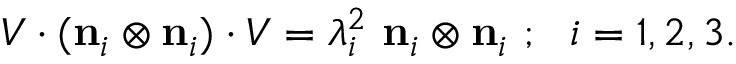
{ \boldsymbol { V } } \cdot ( \mathbf { n } _ { i } \otimes \mathbf { n } _ { i } ) \cdot { \boldsymbol { V } } = \lambda _ { i } ^ { 2 } ~ \mathbf { n } _ { i } \otimes \mathbf { n } _ { i } ~ ; ~ ~ i = 1 , 2 , 3 .